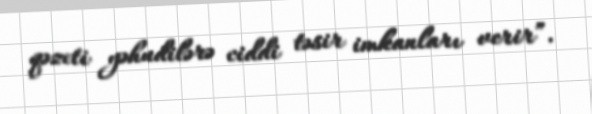
qəzeti yəhudilərə ciddi təsir imkanları verir”.